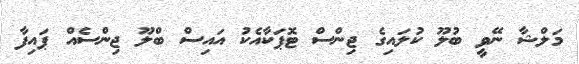
މަލްޝާ ނޭވީ ބުލޫ ކުލައިގެ ޖިންސް ޓޮޕަކާއެކު އައިސް ބްލޫ ޖިންސެއް ޕައިފާ